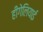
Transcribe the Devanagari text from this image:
हीगेलियाई